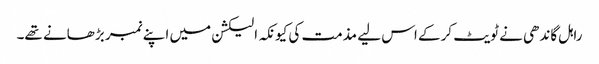
راہل گاندھی نے ٹویٹ کرکے اس لیے مذمت کی کیونکہ الیکشن میں اپنے نمبر بڑھانے تھے۔